Indian journal of veterinary science and animal husbandry - Volume 5,
Year: 1935
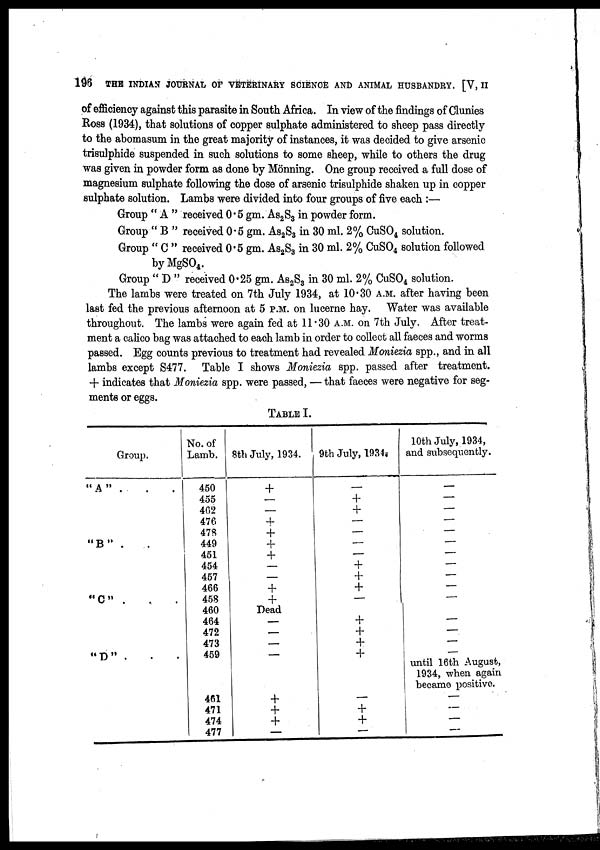
196
THE INDIAN JOURNAL OF VETERINARY SCIENCE AND ANIMAL HUSBANDRY. [V, II
of efficiency against this parasite in South Africa. In view of the findings of Clunies
Ross (1934), that solutions of copper sulphate administered to sheep pass directly
to the abomasum in the great majority of instances, it was decided to give arsenic
trisulphide suspended in such solutions to some sheep, while to others the drug
was given in powder form as done by Mönning. One group received a full dose of
magnesium sulphate following the dose of arsenic trisulphide shaken up in copper
sulphate solution. Lambs were divided into four groups of five each :—
Group " A " received 0.5 gm. As 2 S 3 in powder form.
Group " B " received 0.5 gm. As 2 S 3 in 30 ml. 2% CuSO 4 solution.
Group " C " received 0.5 gm. As 2 S 3 in 30 ml. 2% CuSO 4 solution followed
by MgSO 4 .
Group " D " received 0.25 gm. As 2 S 3 in 30 ml. 2% CuSO 4 solution.
The lambs were treated on 7th July 1934, at 10.30 A.M. after having been
last fed the previous afternoon at 5 P.M. on lucerne hay. Water was available
throughout. The lambs were again fed at 11.30 A.M. on 7th July. After treat-
ment a calico bag was attached to each lamb in order to collect all faeces and worms
passed. Egg counts previous to treatment had revealed Moniezia spp., and in all
lambs except S477. Table I shows Moniezia spp. passed after treatment.
+ indicates that Moniezia spp. were passed, — that faeces were negative for seg-
ments or eggs.
TABLE I.
Group.
" A " . . .
" B " . . .
" C " . . .
" D " . . .
No. of
Lamb.
450
455
462
476
478
449
451
454
457
466
458
460
464
472
473
459
461
471
474
477
8th July, 1934.
+
—
—
+
+
+
+ —
—
+ +
Dead
—
—
—
—
+
+
+
—
9th July, 1934.
—
+
+
—
—
—
—
+
+
+
—
+
+
+
+
—
+
+
—
10th July, 1934,
and subsequently.
—
—
—
—
—
—
—
—
—
—
—
—
—
—
until 16th August,
1934, when again
became positive.
—
—
—
—